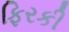
ફિરકી